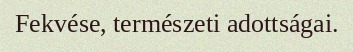
Fekvése, természeti adottságai.